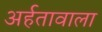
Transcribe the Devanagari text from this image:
अर्हतावाला